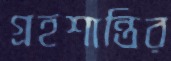
গ্রহশান্তির